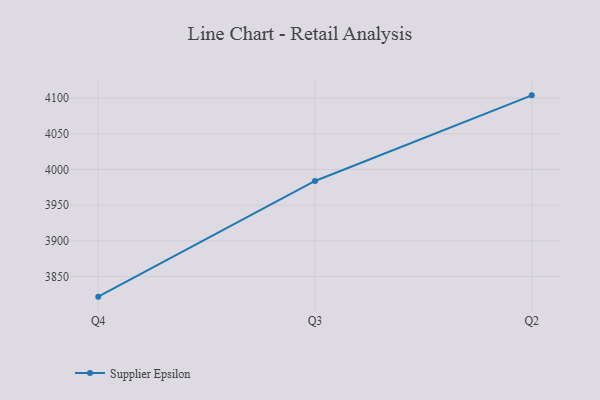
{"axis": {"x": "Quarter", "y": "Population (Million)"}, "legend": ["Supplier Epsilon"], "data": [{"x": "Q4", "y": 3821.6, "type": "Supplier Epsilon"}, {"x": "Q3", "y": 3983.8, "type": "Supplier Epsilon"}, {"x": "Q2", "y": 4103.9, "type": "Supplier Epsilon"}]}